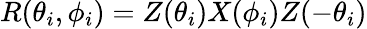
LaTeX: R(\theta_{i},\phi_{i})=Z(\theta_{i})X(\phi_{i})Z(-\theta_{i})